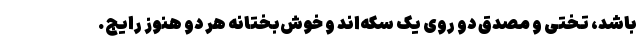
باشد، تختی و مصدق دو روی یک سکه‌اند و خوش‌بختانه هر دو هنوز رایج.